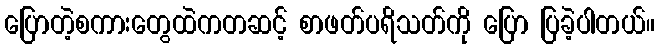
ပြောတဲ့စကားတွေထဲကတဆင့် စာဖတ်ပရိသတ်ကို ပြော ပြခဲ့ပါတယ်။